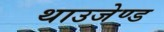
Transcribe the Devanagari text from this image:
थाउजेण्ड